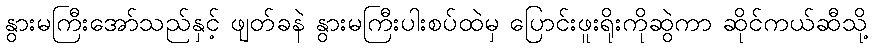
နွားမကြီးအော်သည်နှင့် ဖျတ်ခနဲ နွားမကြီးပါးစပ်ထဲမှ ပြောင်းဖူးရိုးကိုဆွဲကာ ဆိုင်ကယ်ဆီသို့